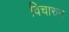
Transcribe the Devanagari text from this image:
विचारुन